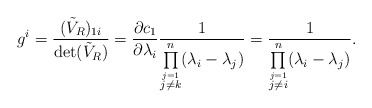
\begin{align*} g^{i}=\frac{ (\tilde{V}_R)_{1i}}{\det(\tilde{V}_R)} =\frac{\partial c_1}{\partial \lambda_i} \frac{1}{\prod\limits_{\stackrel{j=1}{j\neq k}}^n ( \lambda_i- \lambda_j)} =\frac{1}{\prod\limits_{\stackrel{j=1}{j\neq i}}^n ( \lambda_i- \lambda_j)} .\end{align*}